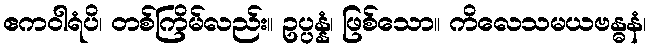
ဧကဝါရံပိ၊ တစ်ကြိမ်လည်း။ ဥပ္ပန္နံ၊ ဖြစ်သော။ ကိလေသမယဗန္ဓနံ၊